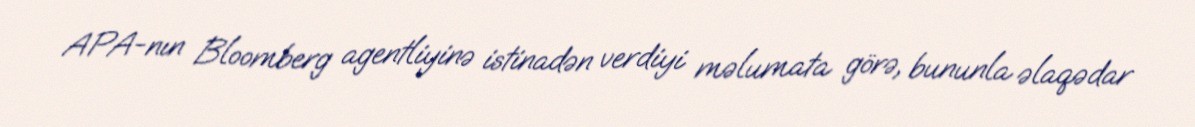
APA-nın Bloomberg agentliyinə istinadən verdiyi məlumata görə, bununla əlaqədar